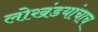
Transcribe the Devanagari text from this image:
लोखंडयांचाच